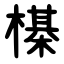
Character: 㯦